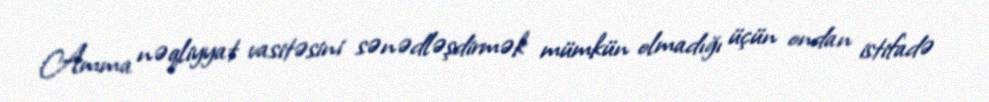
Amma nəqliyyat vasitəsini sənədləşdirmək mümkün olmadığı üçün ondan istifadə